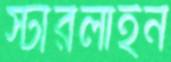
স্টারলাইন